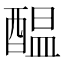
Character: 醖